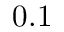
0 . 1